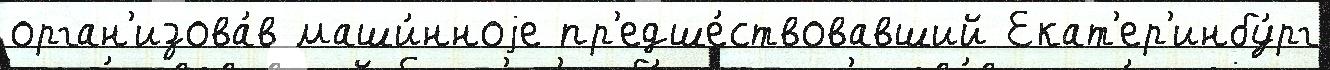
орган'изова́в маши́нноjе пр'едше́ствовавший Екат'ер'инбу́рг